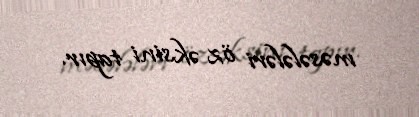
məsələləri öz əksini tapır.